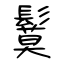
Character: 鬕